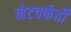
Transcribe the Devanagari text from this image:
नेटवर्कही